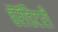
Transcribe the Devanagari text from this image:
हॅरॅडिटरी